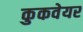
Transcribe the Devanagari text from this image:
कुकवेयर